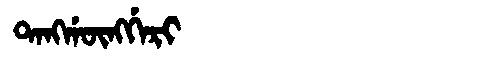
Manchu: ᡨᠠᠩᡤᡡᠩᡤᡝᡵᡳ
Romanization: TANGGŪNGGERI